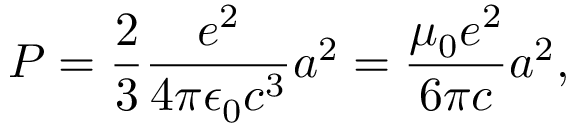
P = \frac { 2 } { 3 } \frac { e ^ { 2 } } { 4 \pi \epsilon _ { 0 } c ^ { 3 } } a ^ { 2 } = \frac { \mu _ { 0 } e ^ { 2 } } { 6 \pi c } a ^ { 2 } ,